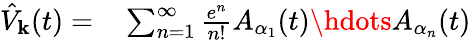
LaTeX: \begin{array}{rl}{\hat{V}_{\mathbf{k}}(t)=}&{{}\sum_{n=1}^{\infty}\frac{e^{n}}{n!}A_{\alpha_{1}}(t)\hdots A_{\alpha_{n}}(t)}\end{array}